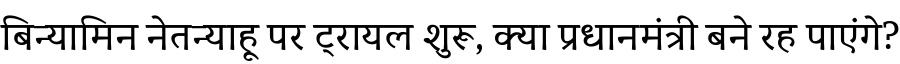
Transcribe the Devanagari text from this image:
बिन्यामिन नेतन्याहू पर ट्रायल शुरू, क्या प्रधानमंत्री बने रह पाएंगे?